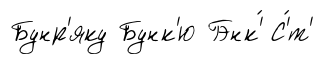
Бунр'яку Бунк'ю Гэнк'́ С'́т'